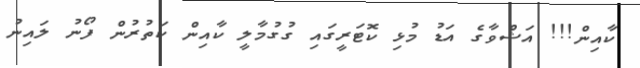
ކާއިން!!! އަޝްވާގެ އަޑު މުޅި ކޮޓަރީގައި ގުގުމާލީ ކާއިން ކަތުރުން ފޯނު ލައިނު